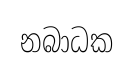
නබාධක